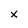
Character: x